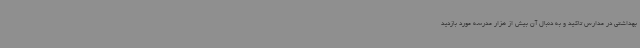
بهداشتی در مدارس تاکید و به دنبال آن بیش از هزار مدرسه مورد بازدید